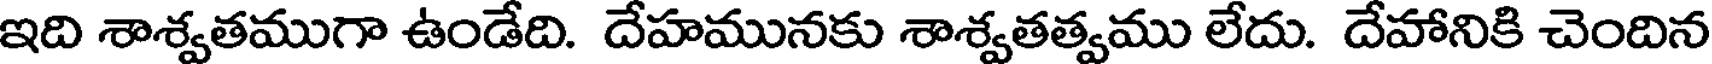
ఇది శాశ్వతముగా ఉండేది. దేహమునకు శాశ్వతత్వము లేదు. దేహానికి చెందిన